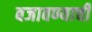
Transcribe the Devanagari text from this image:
बजावण्याची